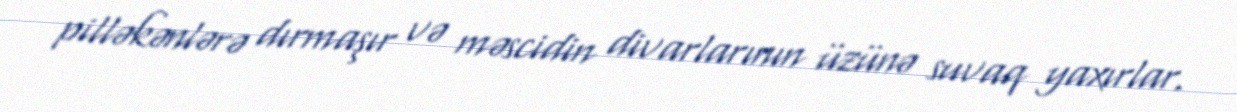
pilləkənlərə dırmaşır və məscidin divarlarının üzünə suvaq yaxırlar.